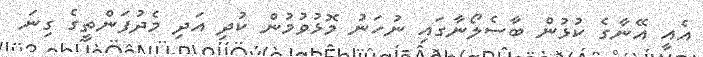
އެއީ އޭނާގެ ކުޅުން ބާސެލޯނާގައި ނުހަނު މޮޅުވުމުން ކުދި އަދި މެދުފަންތީގެ ގިނަ